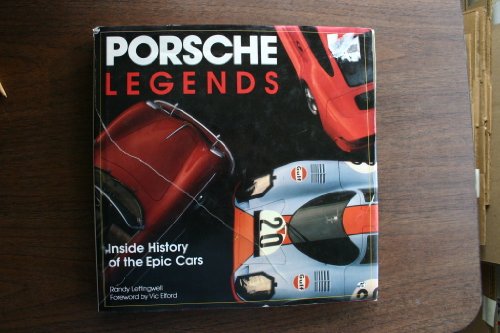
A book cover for Porsche Legends: Inside History of the Epic Cars; Randy Leffingwell; Engineering & Transportation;